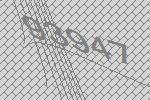
93947